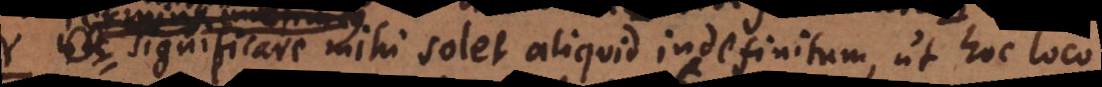
significare mihi solet aliquid indefinitum, ut hoc loco